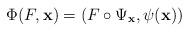
LaTeX: \begin{align*}\Phi(F,{\bf x}) = (F\circ \Psi_{{\bf x}},\psi({\bf x}))\end{align*}